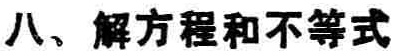
八、解方程和不等式